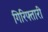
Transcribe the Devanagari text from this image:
गिरिफ्तारी